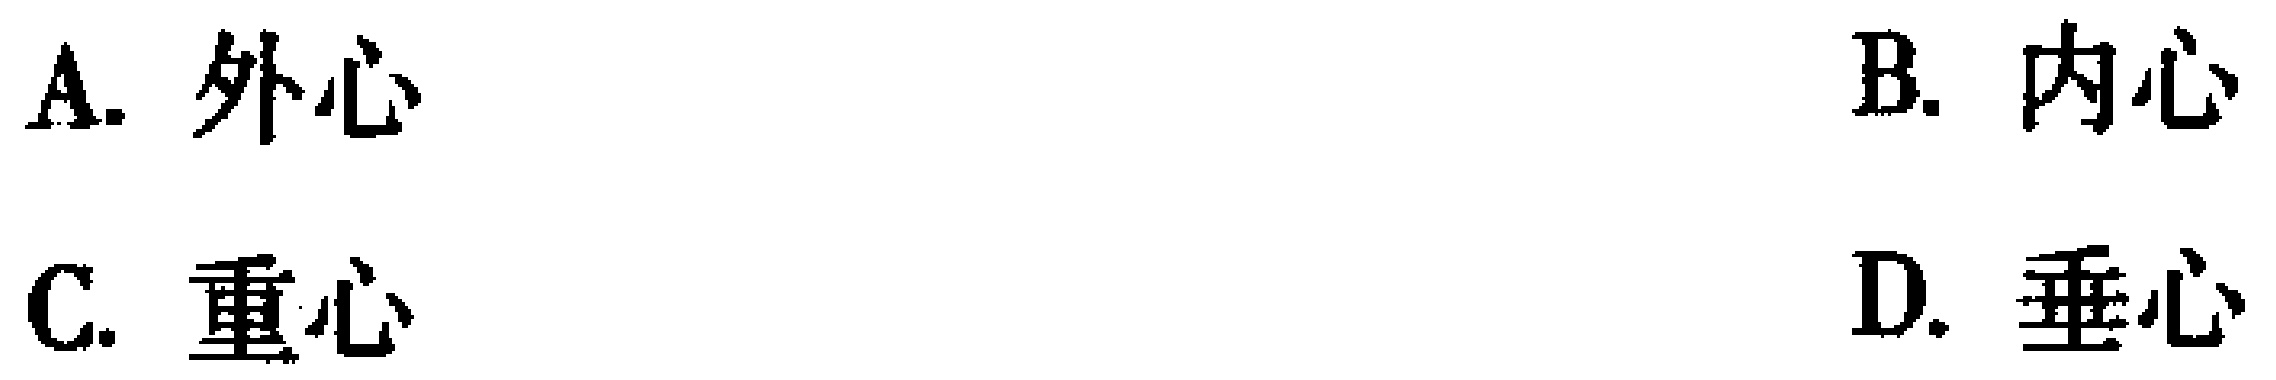
A. 外心
B. 内心
C. 重心
D. 垂心